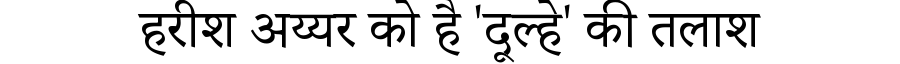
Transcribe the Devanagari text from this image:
हरीश अय्यर को है 'दूल्हे' की तलाश